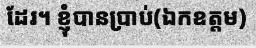
ដែរ។ ខ្ញុំបានប្រាប់(ឯកឧត្តម)